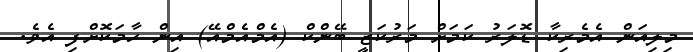
މިލިއަން އެމެރިކާ ޑޮލަރު ކަމަށް މަރުކަޒީ ބޭންކް (އެމްއެމްއޭ) އިން ހާމަކޮށްފި އެވެ.